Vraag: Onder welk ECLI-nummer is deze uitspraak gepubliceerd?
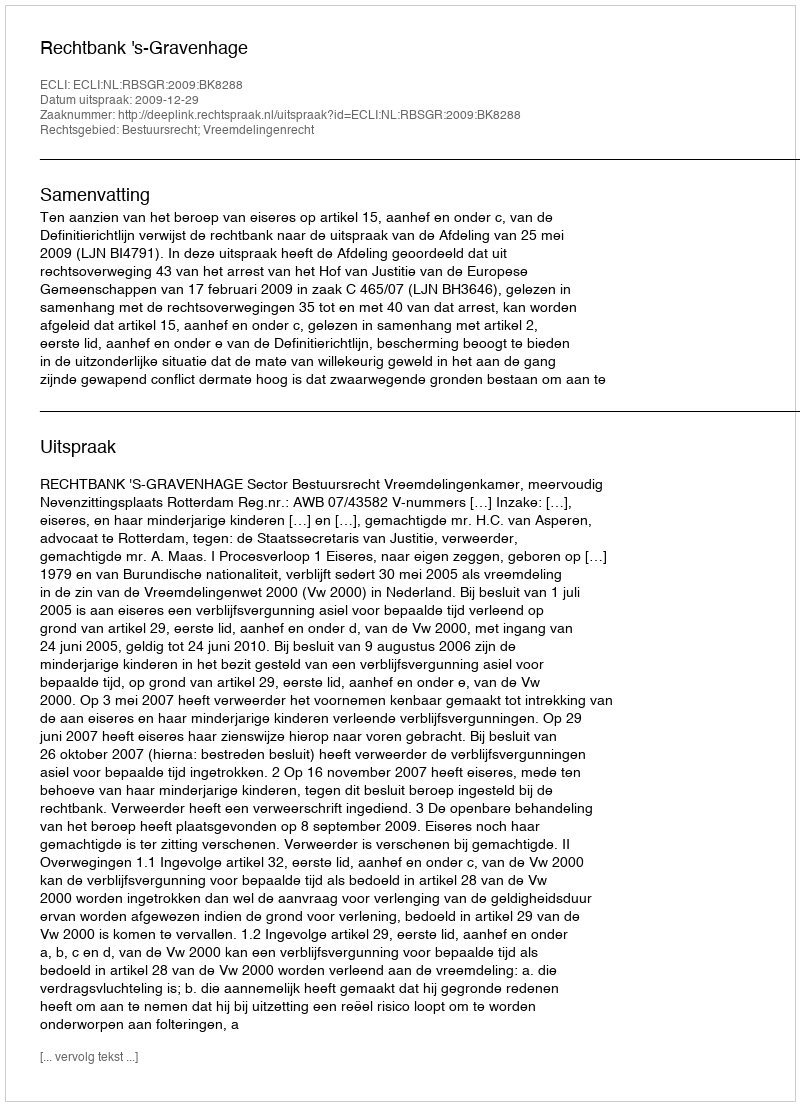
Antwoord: ECLI:NL:RBSGR:2009:BK8288